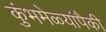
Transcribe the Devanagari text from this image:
कुंभमेळ्यांपैकी